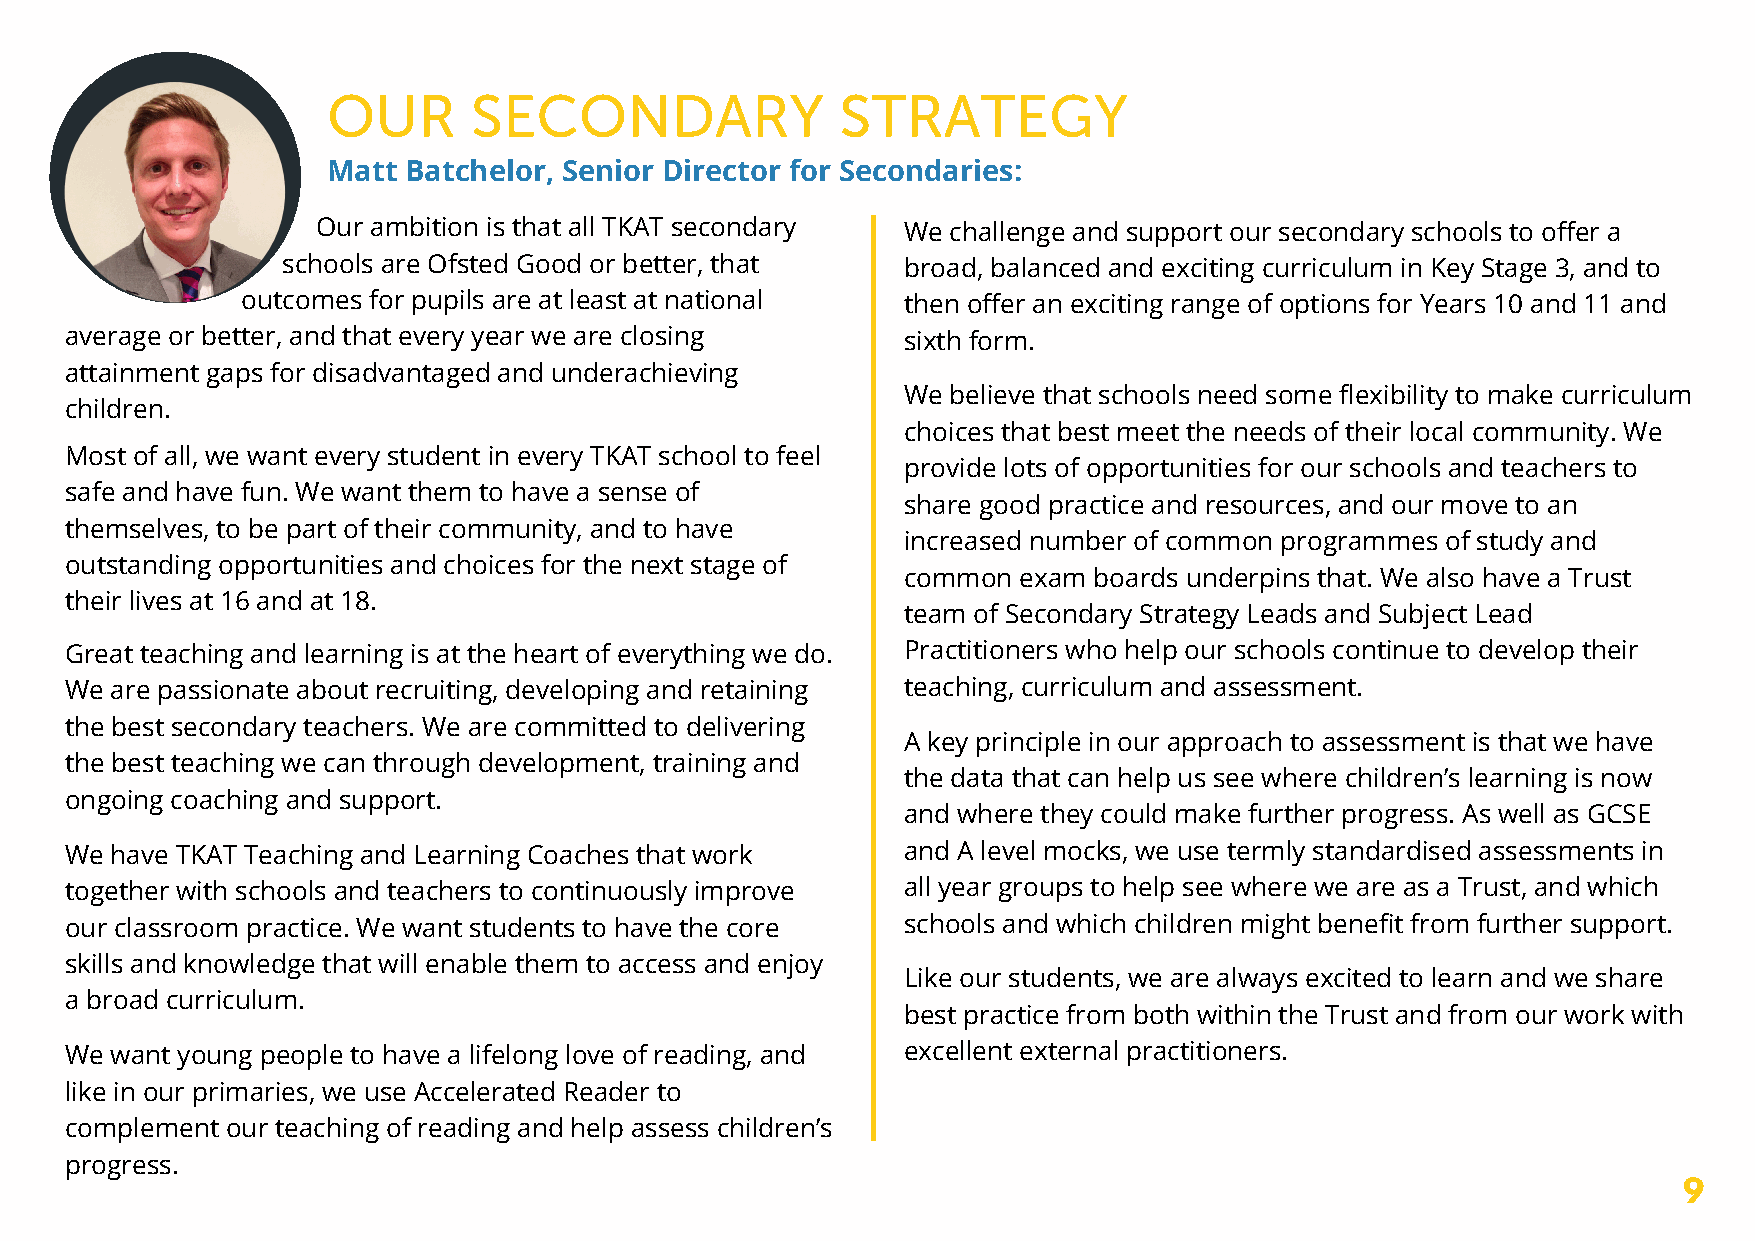
OUR      SECONDARY                STRATEGY
 Matt Batchelor, Senior Director for Secondaries:
 Our ambition is that all TKAT secondary We challenge and support our secondary schools to offer a
 schools are Ofsted Good or better, that  broad, balanced and exciting curriculum in Key Stage 3, and to
 outcomes for pupils are at least at national then offer an exciting range of options for Years 10 and 11 and
 average or better, and that every year we are closing   sixth form.
 attainment gaps for disadvantaged and underachieving
 We believe that schools need some flexibility to make curriculum
 children.
 choices that best meet the needs of their local community. We
 Most of all, we want every student in every TKAT school to feel
 provide lots of opportunities for our schools and teachers to
 safe and have fun. We want them to have a sense of
 share good practice and resources, and our move to an
 themselves, to be part of their community, and to have
 increased number of common programmes of study and
 outstanding opportunities and choices for the next stage of
 common exam boards underpins that. We also have a Trust
 their lives at 16 and at 18.
 team of Secondary Strategy Leads and Subject Lead
 Great teaching and learning is at the heart of everything we do. Practitioners who help our schools continue to develop their
 We are passionate about recruiting, developing and retaining teaching, curriculum and assessment.
 the best secondary teachers. We are committed to delivering
 A key principle in our approach to assessment is that we have
 the best teaching we can through development, training and
 the data that can help us see where children’s learning is now
 ongoing coaching and support.
 and where they could make further progress. As well as GCSE
 We have TKAT Teaching and Learning Coaches that work    and A level mocks, we use termly standardised assessments in
 together with schools and teachers to continuously improve all year groups to help see where we are as a Trust, and which
 our classroom practice. We want students to have the core schools and which children might benefit from further support.
 skills and knowledge that will enable them to access and enjoy
 Like our students, we are always excited to learn and we share
 a broad curriculum.
 best practice from both within the Trust and from our work with
 We want young people to have a lifelong love of reading, and excellent external practitioners.
 like in our primaries, we use Accelerated Reader to
 complement our teaching of reading and help assess children’s
 progress.
 9